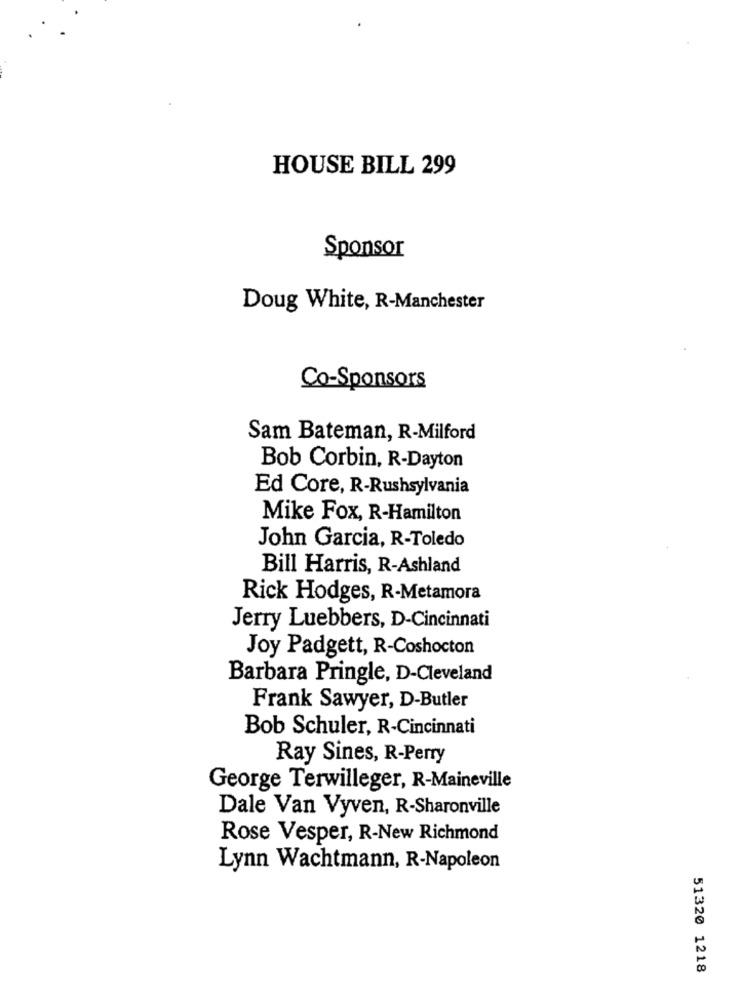
HOUSE BILL 299
Sponsor
Doug White, R-Manchester
Co-Sponsors
Sam Bateman, R-Milford
Bob Corbin, R-Dayton
Ed Core, R-Rushsylvania
Mike Fox, R-Hamilton
John Garcia, R-Toledo
Bill Harris, R-Ashland
Rick Hodges, R-Metamora
Jerry Luebbers, D-Cincinnati
Joy Padgett, R-Coshocton
Barbara Pringle, D-Cleveland
Frank Sawyer, D-Butler
Bob Schuler, R-Cincinnati
Ray Sines, R-Perry
George Terwilleger, R-Maineville
Dale Van Vyven, R-Sharonville
Rose Vesper, R-New Richmond
Lynn Wachtmann, R-Napoleon
51320 1218